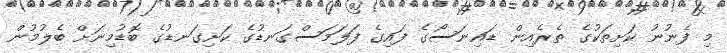
މި ފެނުނު ކަށިތަކުގެ ތެރެއިން ޑައިނަސޯގެ ފައިގެ ފަލަމަސްގަނޑުގެ ކަށިގަނޑުގެ ބޮޑުމިނަށް ބެލުމުން